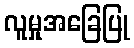
လူမှုအခြေပြု